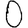
Digit: 0